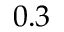
0 . 3